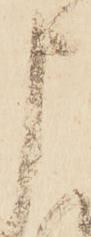
申